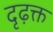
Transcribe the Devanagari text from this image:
दृढ़क्त